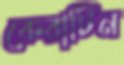
কেরাটিন